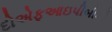
દોએફઆઇપીબીની